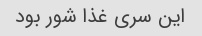
این سری غذا شور بود